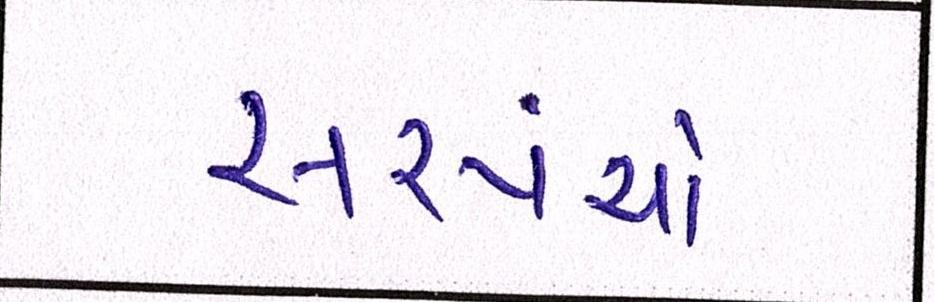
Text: સરપંચો